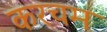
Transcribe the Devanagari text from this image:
करचम